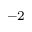
^ { - 2 }